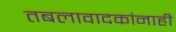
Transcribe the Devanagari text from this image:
तबलावादकांनाही